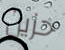
حزين